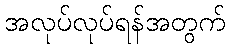
အလုပ်လုပ်ရန်အတွက်